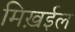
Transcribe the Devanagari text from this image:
मिख़ईल